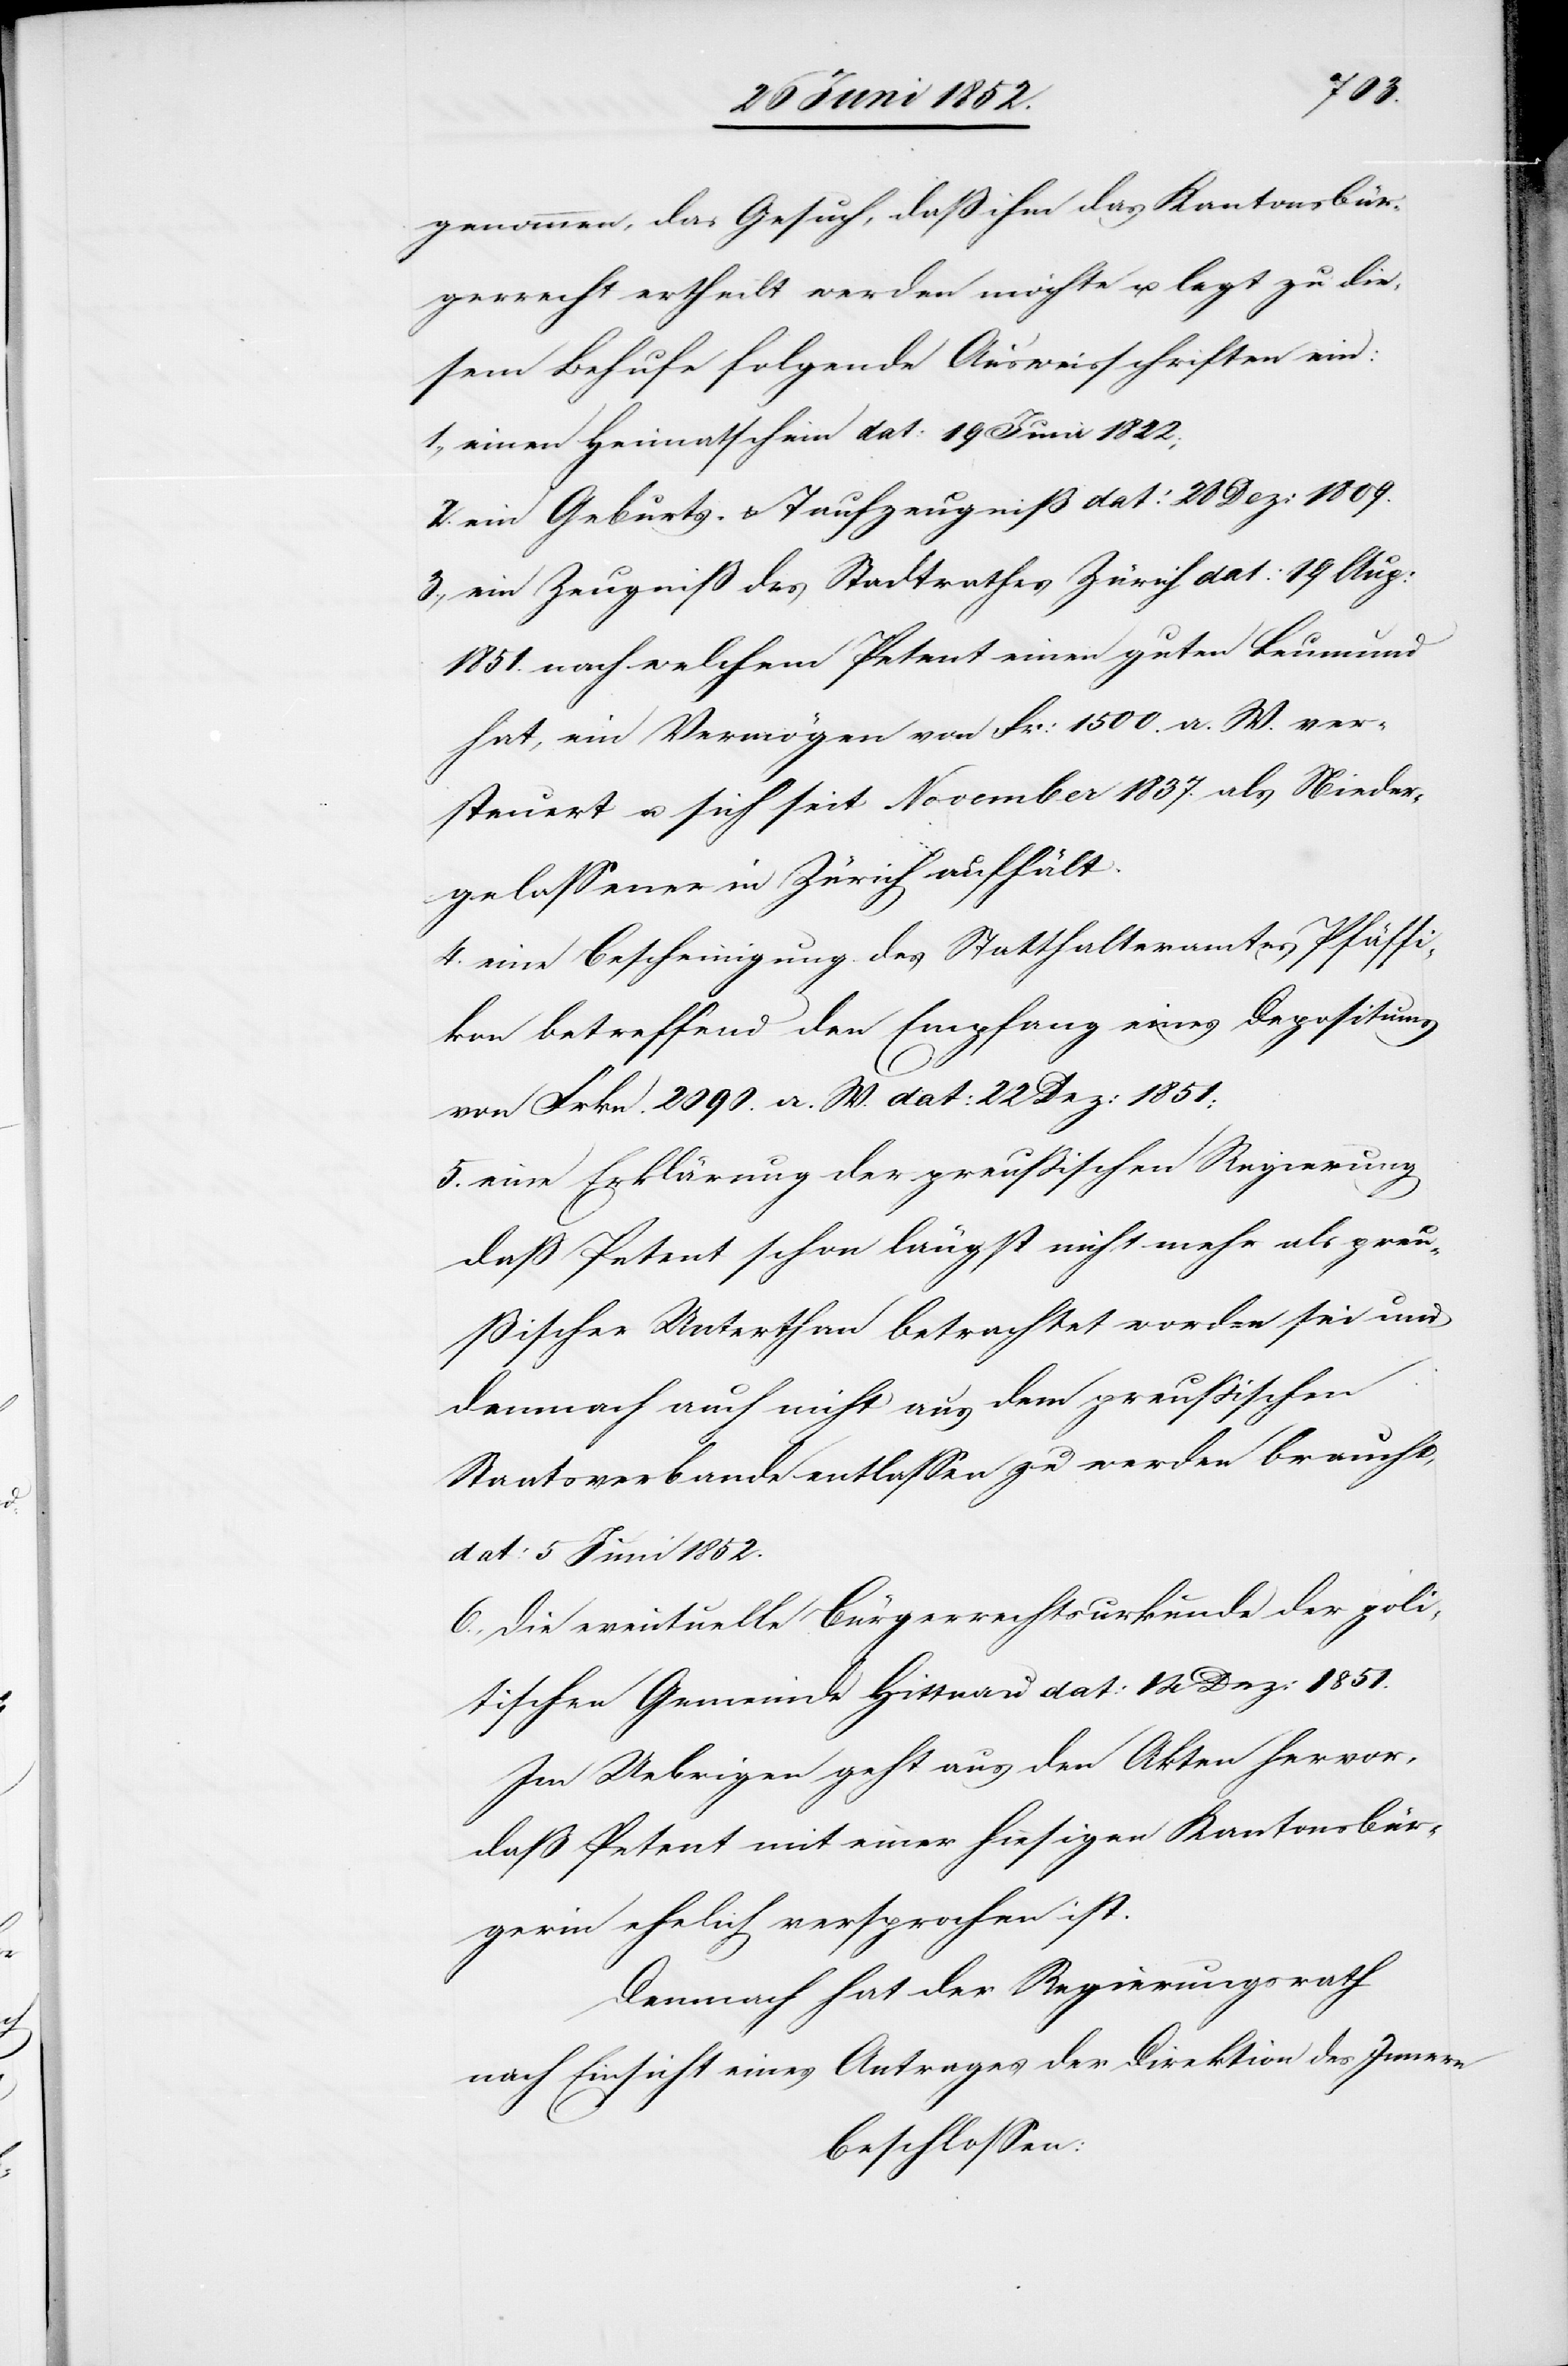
genommen, das Gesuch, dass ihm das Kantonsbür¬
gerrecht ertheilt werden möchte u. legt zu die¬
sem Behufe folgende Ausweisschriften ein:
einen Heimatschein dat: 19 Juni 1822;
ein Geburts- & Taufzeugniß dat: 28 Dez: 1809.
ein Zeugniß des Stadtrathes Zürich dat: 19 Aug:
1851. nach welchem Petent einen guten Leumund
hat, ein Vermögen von Fr: 1500. a. W. ver¬
steuert u. sich seit November 1837. als Nieder¬
gelassener in Zürich aufhält.
eine Bescheinigung des Statthalteramtes Pfäffi¬
kon betreffend den Empfang eines Depositums
von Frkn. 2090. a. W. dat: 22 Dez: 1851;
eine Erklärung der preussischen Regierung
dass Petent schon längst nicht mehr als preu¬
ßischer Unterthan betrachtet worden sei und
demnach auch nicht aus dem preussischen
Staatsverbande entlassen zu werden braucht,
dat: 5 Juni 1852.
die eventuelle Bürgerrechtsurkunde der poli¬
tischen Gemeinde Hittnau dat: 14 Dez: 1851.
Im Uebrigen geht aus den Akten hervor,
dass Petent mit einer hiesigen Kantonsbür¬
gerin ehelich versprochen ist.
Demnach hat der Regierungsrath
nach Einsicht eines Antrages der Direktion des Innern
beschlossen: